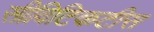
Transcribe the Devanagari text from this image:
सीविटिकटीस